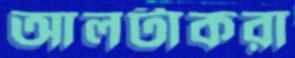
আলটাকরা